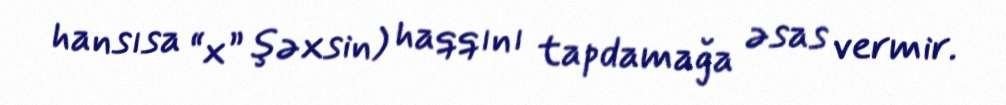
hansısa “x” şəxsin) haqqını tapdamağa əsas vermir.